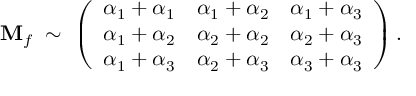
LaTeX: { \bf M } _ { f } \; \sim \; \left( \begin{array} { l l l } { { \alpha _ { 1 } + \alpha _ { 1 } } } & { { \alpha _ { 1 } + \alpha _ { 2 } } } & { { \alpha _ { 1 } + \alpha _ { 3 } } } \\ { { \alpha _ { 1 } + \alpha _ { 2 } } } & { { \alpha _ { 2 } + \alpha _ { 2 } } } & { { \alpha _ { 2 } + \alpha _ { 3 } } } \\ { { \alpha _ { 1 } + \alpha _ { 3 } } } & { { \alpha _ { 2 } + \alpha _ { 3 } } } & { { \alpha _ { 3 } + \alpha _ { 3 } } } \end{array} \right) .